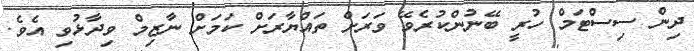
ދިން ސިސްޓަމް ހުރީ ބޭނުންކުރެވޭ ވަރަށް ތައްޔާރަށް ކަމަށް ނާޒިމް ވިދާޅުވި އެވެ.